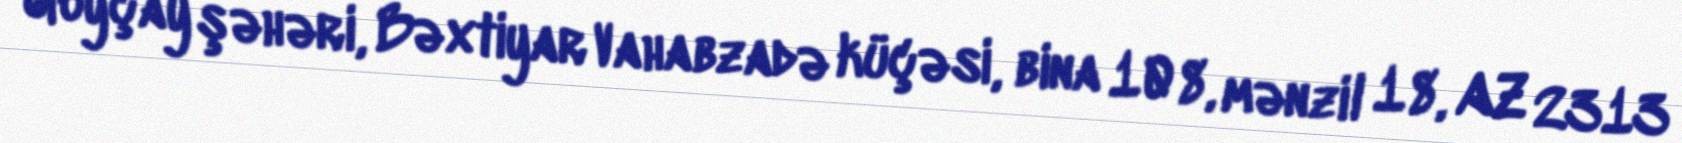
Göyçay şəhəri, Bəxtiyar Vahabzadə küçəsi, bina 108, mənzil 18, AZ 2313